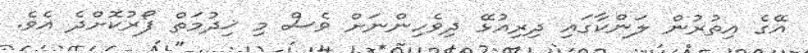
އޭގެ އިތުރުން ލަންކާގައި ދިރިއުޅޭ ދިވެހިންނަށް ވެސް މި ޚިދުމަތް ފޯރުކޮށްދެ އެވެ.